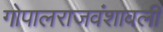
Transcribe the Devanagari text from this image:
गोपालराजवंशावली